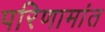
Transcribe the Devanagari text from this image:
परिणामांत